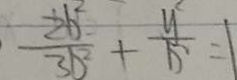
\frac { 2 b ^ { 2 } } { 3 b ^ { 2 } } + \frac { Y ^ { 2 } } { 1 5 } = 1